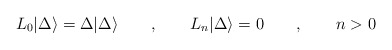
\begin{align*}L_{0}|\Delta \rangle =\Delta |\Delta \rangle \qquad ,\qquad L_{n}|\Delta \rangle =0\qquad ,\qquad n>0\end{align*}